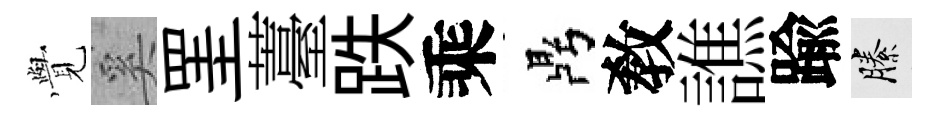
𮗜奚罣薹跌乘鼎敎譙踰縢